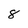
Character: 8